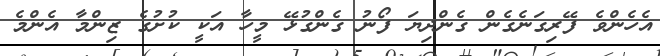
އެހެންވެ ފޭރިގަނެގެން ގެންދިޔަ ފޯނު ގެންގުޅޭ މީހާ އަކީ ކުށުގެ ޒިންމާ އެންމެ